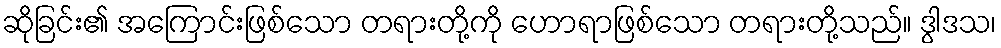
ဆိုခြင်း၏ အကြောင်းဖြစ်သော တရားတို့ကို ဟောရာဖြစ်သော တရားတို့သည်။ ဒွါဒသ၊